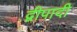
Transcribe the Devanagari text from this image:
द्वीपादी